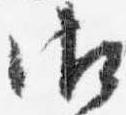
御